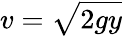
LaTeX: v={\sqrt{2gy}}